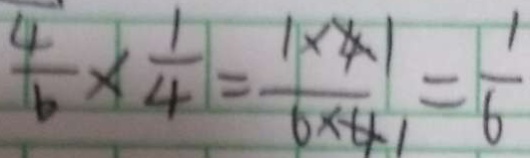
\frac { 4 } { 6 } \times \frac { 1 } { 4 } = \frac { 1 \times 1 } { 6 \times 1 } = \frac { 1 } { 6 }